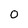
Character: 0